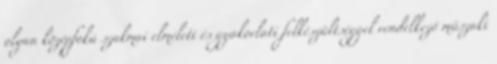
olyan középfokú szakmai elméleti és gyakorlati felkészültséggel rendelkező műszaki